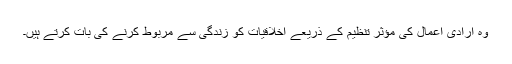
وہ ارادی اعمال کی مؤثر تنظیم کے ذریعے اخلاقیات کو زندگی سے مربوط کرنے کی بات کرتے ہیں۔